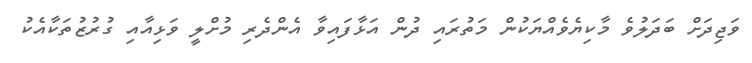
ވަޖިދަށް ބަދަލުވެ މާކިޔެވެއްޔަކުން މަތުރައި ދުން އަޅާފައިވާ އެންދެރި މުށްލީ ވަޅިއާއި ގުރުޒުތަކާއެކު